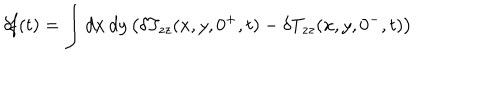
\delta \! f ( t ) = \int d x \, d y \left( \delta T _ { z z } ( x , y , 0 ^ { + } , t ) - \delta T _ { z z } ( x , y , 0 ^ { - } , t ) \right)